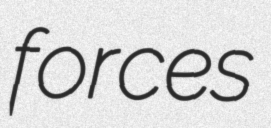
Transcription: forces